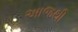
અાજથી